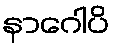
နာဂေါပိ